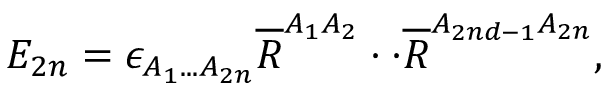
{ \cal E } _ { 2 n } = \epsilon _ { A _ { 1 } . . . A _ { 2 n } } \overline { { { R } } } ^ { A _ { 1 } A _ { 2 } } \cdot \cdot \overline { { { R } } } ^ { A _ { 2 n d - 1 } A _ { 2 n } } ,